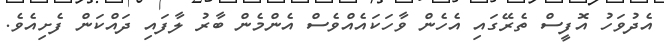
އެދުވަހު އޮފީސް ތެރޭގައި އެހެން ވާހަކައެއްވެސް އެންމެން ބާރު ލާފައި ދައްކަން ފެށިއެވެ.